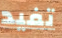
تفيد